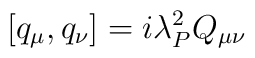
[q_\mu  ,q_\nu  ]   =   i \lambda_P^2   Q_{\mu \nu}